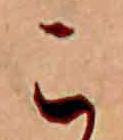
こ